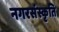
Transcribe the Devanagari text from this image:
नगरसंस्कृति